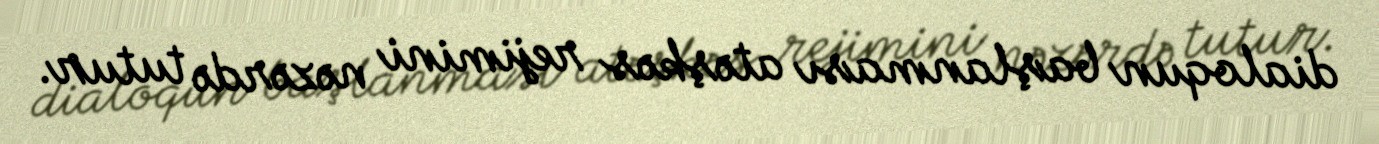
dialoqun başlanması atəşkəs rejimini nəzərdə tutur.